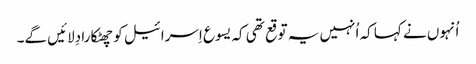
‏ اُنہوں نے کہا کہ اُنہیں یہ توقع تھی کہ یسوع اِسرائیل کو چھٹکارا دِلائیں گے۔